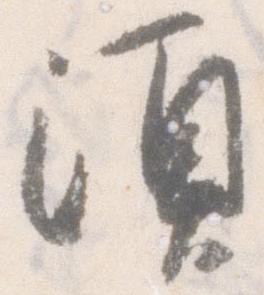
須